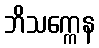
ဘိသက္ကေန